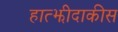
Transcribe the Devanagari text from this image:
हात्झीदाकीस